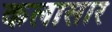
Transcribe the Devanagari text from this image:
कलासार